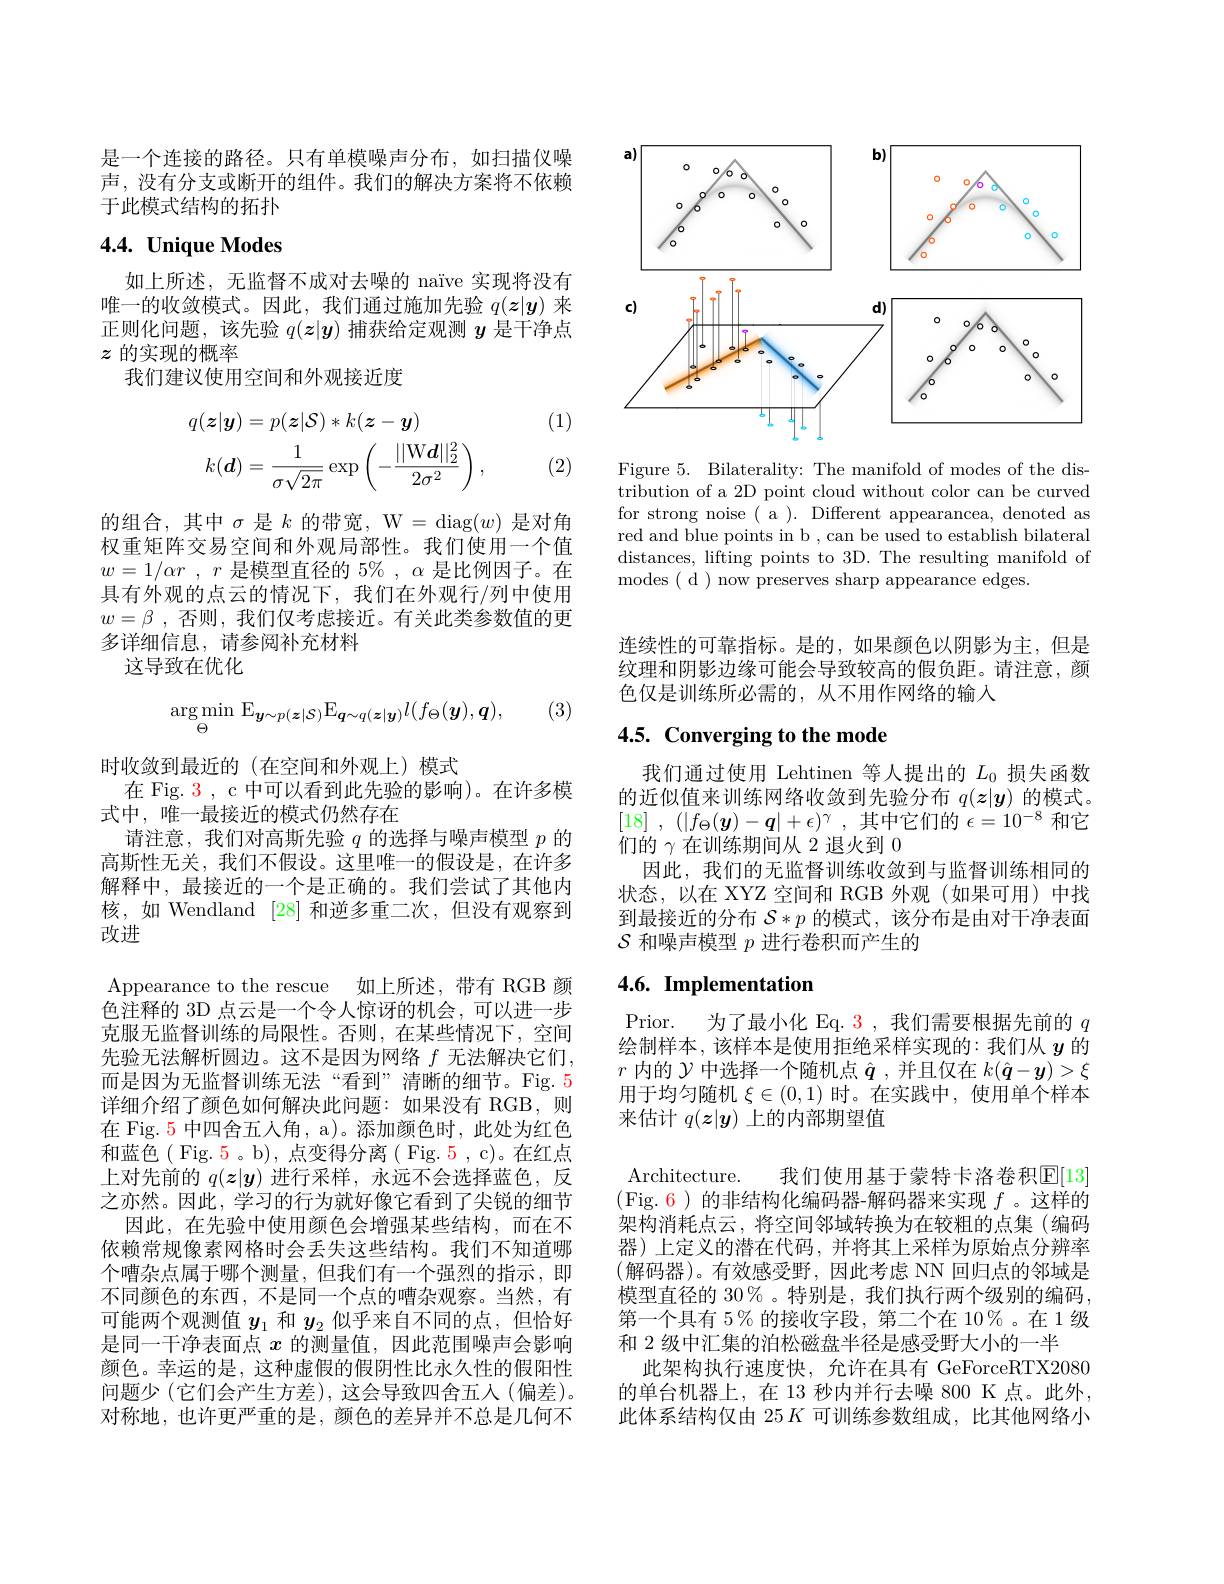
是一个连接的路径。只有单模噪声分布，如扫描仪噪声，没有分支或断开的组件。我们的解决方案将不依赖于此模式结构的拓扑

# 4.4. Unique Modes

如上所述，无监督不成对去噪的 naïve 实现将没有唯一的收敛模式。因此，我们通过施加先验$q(\boldsymbol{z}|\boldsymbol{y})$来正则化问题，该先验$q(\boldsymbol{z}|\boldsymbol{y})$捕获给定观测$y$是干净点$z$的实现的概率
我们建议使用空间和外观接近度

(1)
$$\begin{aligned}q(\boldsymbol{z}|\boldsymbol{y})&=p(\boldsymbol{z}|\mathcal{S})*k(\boldsymbol{z}-\boldsymbol{y})\\k(\boldsymbol{d})&=\frac{1}{\sigma\sqrt{2\pi}}\exp\left(-\frac{||\mathrm{W}\boldsymbol{d}||_{2}^{2}}{2\sigma^{2}}\right),\end{aligned}$$
(2)

的组合，其中$\sigma$是$k$的带宽，W= diag$(w)$是对角权重矩阵交易空间和外观局部性。我们使用一个值$w= 1/ \alpha r$ , $r$ 是模型直径的 5% , $\alpha$ 是比例因子。在具有外观的点云的情况下，我们在外观行/列中使用$w= \beta$ ,否则 ,我们仅考虑接近。有关此类参数值的更多详细信息，请参阅补充材料
这导致在优化

(3)
$$\arg\min_{\Theta}\:\mathrm{E}_{\boldsymbol{y}\sim p(\boldsymbol{z}|\mathcal{S})}\mathrm{E}_{\boldsymbol{q}\sim q(\boldsymbol{z}|\boldsymbol{y})}l(f_{\Theta}(\boldsymbol{y}),\boldsymbol{q}),$$
时收敛到最近的(在空间和外观上)模式
在 Fig. 3 , c 中可以看到此先验的影响)。在许多模
式中，唯一最接近的模式仍然存在
请注意，我们对高斯先验$q$的选择与噪声模型$p$的高斯性无关，我们不假设。这里唯一的假设是，在许多解释中，最接近的一个是正确的。我们尝试了其他内核，如 Wendland [28]和逆多重二次，但没有观察到改进
Appearance to the rescue 如上所述，带有 RGB 颜色注释的 3D 点云是一个令人惊讶的机会，可以进一步克服无监督训练的局限性。否则，在某些情况下，空间先验无法解析圆边。这不是因为网络$f$无法解决它们， 而是因为无监督训练无法“看到”清晰的细节。Fig.5详细介绍了颜色如何解决此问题：如果没有 RGB,则在 Fig. 5 中四舍五人角，a)。添加颜色时，此处为红色和蓝色( Fig. 5 。b), 点变得分离( Fig. 5 , c)。在红点上对先前的$q(\boldsymbol{z}|\boldsymbol{y})$进行采样，永远不会选择蓝色，反之亦然。因此，学习的行为就好像它看到了尖锐的细节
因此，在先验中使用颜色会增强某些结构，而在不依赖常规像素网格时会丢失这些结构。我们不知道哪个嘈杂点属于哪个测量，但我们有一个强烈的指示，即不同颜色的东西，不是同一个点的嘈杂观察。当然，有可能两个观测值$y_{1}$和$y_{2}$似乎来自不同的点，但恰好是同一干净表面点$x$的测量值，因此范围噪声会影响颜色。幸运的是，这种虚假的假阴性比永久性的假阳性问题少(它们会产生方差),这会导致四舍五人(偏差)。对称地，也许更严重的是，颜色的差异并不总是几何不

<FigureHere>

Figure 5. Bilaterality: The manifold of modes of the distribution of a 2D point cloud without color can be curved for strong noise ( a ). Different appearancea, denoted as red and blue points in b , can be used to establish bilateral distances, lifting points to 3D. The resulting manifold of modes ( d ) now preserves sharp appearance edges.

连续性的可靠指标。是的，如果颜色以阴影为主，但是纹理和阴影边缘可能会导致较高的假负距。请注意，颜色仅是训练所必需的，从不用作网络的输入

# 4.5. Converging to the mode

我们通过使用 Lehtinen 等人提出的$L_0$损失函数的近似值来训练网络收敛到先验分布$q(\boldsymbol{z}|\boldsymbol{y})$的模式。[18] , $( | f_\Theta ( \boldsymbol{y}) - \boldsymbol{q}| + \epsilon ) ^\gamma$ , 其中它们的 $\epsilon=10^-8$ 和它们的$\gamma$在训练期间从 2 退火到0
因此，我们的无监督训练收敛到与监督训练相同的状态，以在 XYZ 空间和 RGB 外观(如果可用)中找到最接近的分布$\mathcal{S}*p$的模式，该分布是由对干净表面$\mathcal{S}$和噪声模型$p$进行卷积而产生的

## 4.6. Implementation

Prior. 为了最小化 Eq. 3, 我们需要根据先前的$q$ 绘制样本，该样本是使用拒绝采样实现的：我们从$y$的$r$内的$\mathcal{Y}$中选择一个随机点$\hat{\boldsymbol{q}}$,并且仅在$k(\hat{\boldsymbol{q}}-\boldsymbol{y})>\xi$ 用于均匀随机$\xi\in(0,1)$时。在实践中，使用单个样本来估计$q(\boldsymbol{z}|\boldsymbol{y})$上的内部期望值
Architecture. 我们使用基于蒙特卡洛卷积$\boxed{\mathrm{E}}[13]$ (Fig. 6)的非结构化编码器-解码器来实现$f$ 。这样的架构消耗点云，将空间邻域转换为在较粗的点集(编码器)上定义的潜在代码，并将其上采样为原始点分辨率(解码器)。有效感受野，因此考虑 NN 回归点的邻域是模型直径的 30% 。特别是，我们执行两个级别的编码， 第一个具有 5% 的接收字段，第二个在 10%。在 1 级和 2 级中汇集的泊松磁盘半径是感受野大小的一半
此架构执行速度快，允许在具有 GeForceRTX2080的单台机器上，在 13 秒内并行去噪 800 K 点。此外， 此体系结构仅由$25K$可训练参数组成，比其他网络小